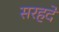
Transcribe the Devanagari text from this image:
सरहदे